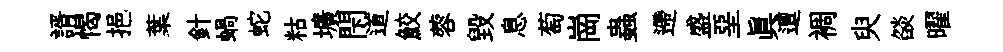
諝愒挹葉針蝸蛇䊀壙閇道鮫蓉毁息萄崗蟲遰盛堊真邅裯臾燄曜